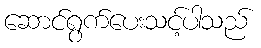
ဆောင်ရွက်ပေးသင့်ပါသည်